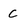
Character: C